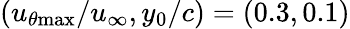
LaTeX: (u_{\theta\mathrm{{max}}}/u_{\infty},y_{0}/c)=(0.3,0.1)